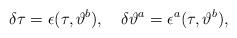
LaTeX: \begin{align*}\delta \tau = \epsilon(\tau,\vartheta^b),\quad\delta \vartheta^a = \epsilon^a(\tau,\vartheta^b),\end{align*}